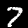
Digit: 7